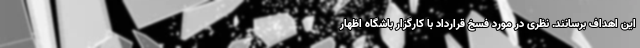
این اهداف برسانند. نظری در مورد فسخ قرارداد با کارگزار باشگاه اظهار